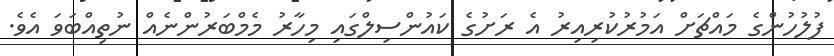
ފުލުހުންގެ މައްޗަށް އަމުރުކުރިއިރު އެ ރަށުގެ ކައުންސިލްގައި މިހާރު މެމްބަރުންނެއް ނުތިއްބަވަ އެވެ.